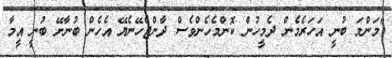
"މަންމަ ބުނީ އަހަރެމެން ދެމީހުން ކޮންމެހެންވެސް ދާންޖެހޭނެޔޭ އެހެން ބުނާށޭ ބުނީ އީމާ